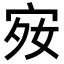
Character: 𪧋